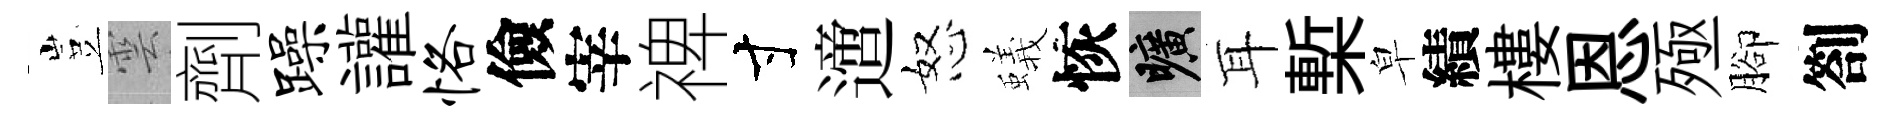
豈雲劑躁讙恪儉宰禆寸𨗁怒蟻恢曠耳槧皁績樓恩殛腳劄